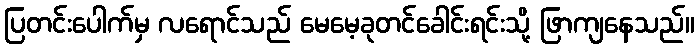
ပြတင်းပေါက်မှ လရောင်သည် မေမေ့ခုတင်ခေါင်းရင်းသို့ ဖြာကျနေသည်။